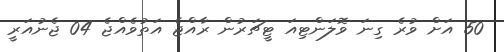
50 އަށް ވުރެ ގިނަ ވޮލަންޓިއަ ޓީޗަރުން ރާއްޖެ އަތުވެއްޖެ 04 ޖެނުއަރީ